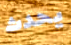
يحدث